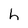
Character: h